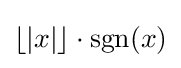
\lfloor |x|\rfloor \cdot \operatorname {sgn}(x)